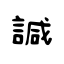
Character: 諴